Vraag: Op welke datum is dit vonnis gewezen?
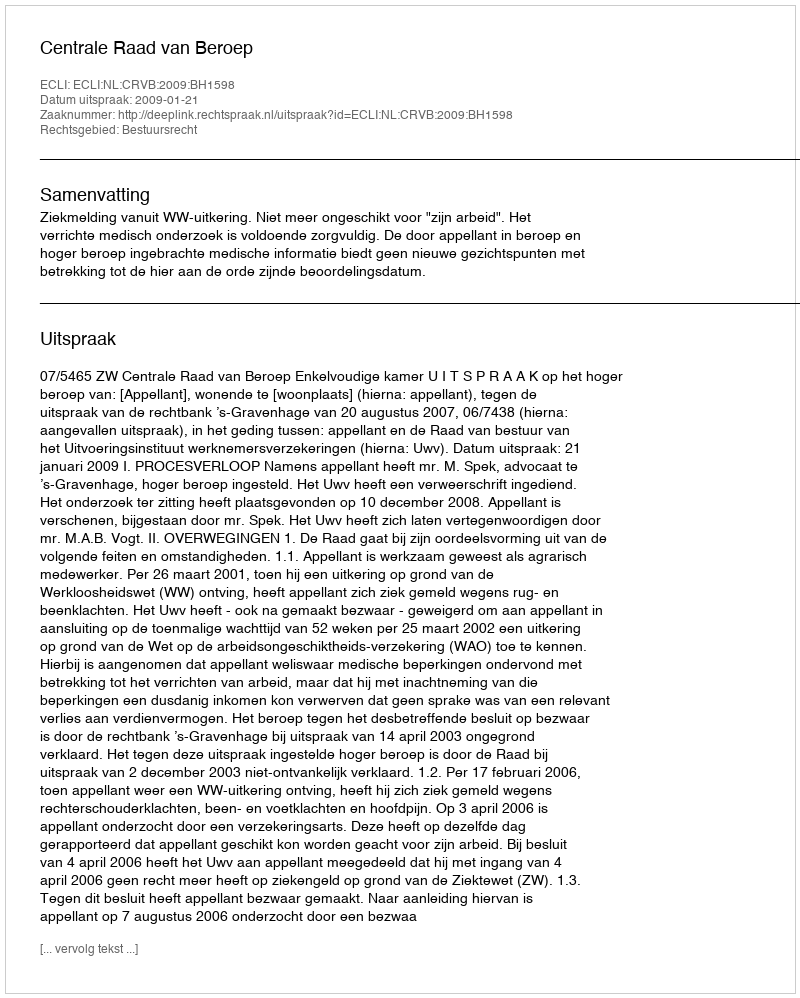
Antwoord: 2009-01-21